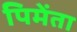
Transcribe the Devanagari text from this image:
पिमेंता